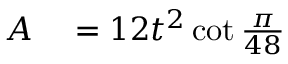
\begin{array} { r l } { A } & { { } = 1 2 t ^ { 2 } \cot { \frac { \pi } { 4 8 } } } \end{array}